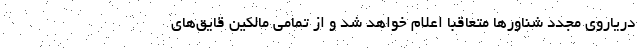
دریاروی مجدد شناورها متعاقبا اعلام خواهد شد و از تمامی مالکین قایق‌های